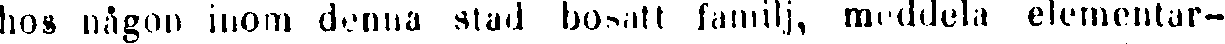
hos någon inom denna stad bosatt familj, meddela elementar-